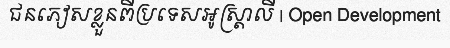
ជនភៀសខ្លួនពីប្រទេសអូស្ត្រាលី | Open Development